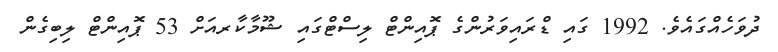
ދުވަހެއްގައެވެ. 1992 ގައި ޑްރައިވަރުންގެ ޕޮއިންޓް ލިސްޓްގައި ޝޫމާކާރއަށް 53 ޕޮއިންޓް ލިބިގެން